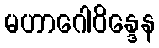
မဟာဂေါဝိန္ဒေန